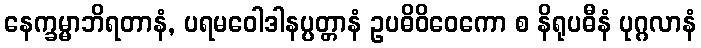
နေက္ခမ္မာဘိရတာနံ, ပရမဝေါဒါနပ္ပတ္တာနံ ဥပဓိဝိဝေကော စ နိရုပဓီနံ ပုဂ္ဂလာနံ